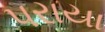
પરાયા